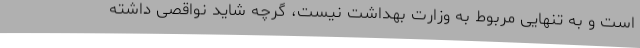
است و به تنهایی مربوط به وزارت بهداشت نیست، گرچه شاید نواقصی داشته